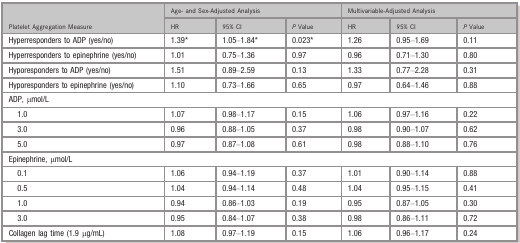
| <ROWSPAN=2> Platelet Aggregation Measure | <COLSPAN=3> Age‐ and Sex‐Adjusted Analysis | <COLSPAN=3> Multivariable‐Adjusted Analysis |
 | HR | 95% CI | P Value | HR | 95% CI | P Value |
 | --- | --- | --- | --- | --- | --- | --- |
 | Hyperresponders to ADP (yes/no) | 1.39a | 1.05–1.84a | 0.023a | 1.26 | 0.95–1.69 | 0.11 |
 | Hyperresponders to epinephrine (yes/no) | 1.01 | 0.75–1.36 | 0.97 | 0.96 | 0.71–1.30 | 0.80 |
 | Hyporesponders to ADP (yes/no) | 1.51 | 0.89–2.59 | 0.13 | 1.33 | 0.77–2.28 | 0.31 |
 | Hyporesponders to epinephrine (yes/no) | 1.10 | 0.73–1.66 | 0.65 | 0.97 | 0.64–1.46 | 0.88 |
 | <COLSPAN=7> ADP, μmol/L |
 | 1.0 | 1.07 | 0.98–1.17 | 0.15 | 1.06 | 0.97–1.16 | 0.22 |
 | 3.0 | 0.96 | 0.88–1.05 | 0.37 | 0.98 | 0.90–1.07 | 0.62 |
 | 5.0 | 0.97 | 0.87–1.08 | 0.61 | 0.98 | 0.88–1.10 | 0.76 |
 | <COLSPAN=7> Epinephrine, μmol/L |
 | 0.1 | 1.06 | 0.94–1.19 | 0.37 | 1.01 | 0.90–1.14 | 0.88 |
 | 0.5 | 1.04 | 0.94–1.14 | 0.48 | 1.04 | 0.95–1.15 | 0.41 |
 | 1.0 | 0.94 | 0.86–1.03 | 0.19 | 0.95 | 0.87–1.05 | 0.30 |
 | 3.0 | 0.95 | 0.84–1.07 | 0.38 | 0.98 | 0.86–1.11 | 0.72 |
 | Collagen lag time (1.9 μg/mL) | 1.08 | 0.97–1.19 | 0.15 | 1.06 | 0.96–1.17 | 0.24 |